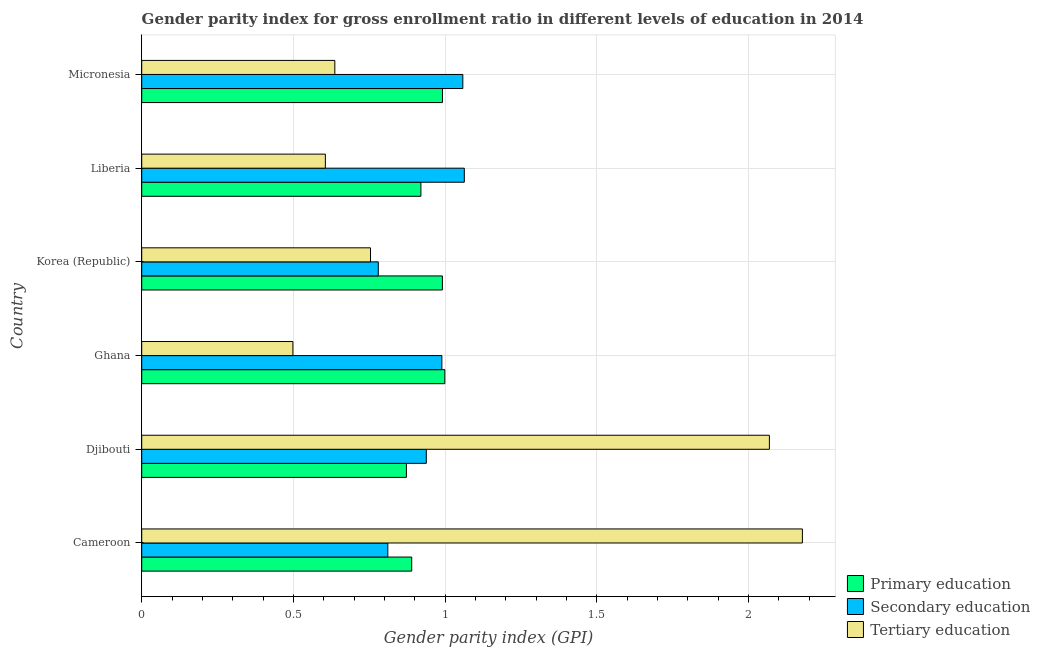
| Country | Primary education | Secondary education | Tertiary education |
 | --- | --- | --- | --- |
 | Cameroon | 0.89 | 0.811 | 2.18 |
 | Djibouti | 0.872 | 0.938 | 2.07 |
 | Ghana | 0.999 | 0.989 | 0.498 |
 | Korea (Republic) | 0.991 | 0.78 | 0.754 |
 | Liberia | 0.92 | 1.06 | 0.605 |
 | Micronesia | 0.991 | 1.06 | 0.636 |